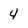
Character: 4